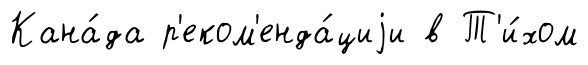
Кана́да р'еком'енда́циjи в Т'и́хом